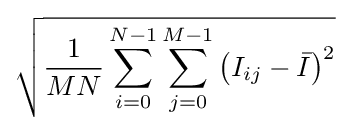
{\sqrt {{\frac {1}{MN}}\sum _{i=0}^{N-1}\sum _{j=0}^{M-1}\left(I_{ij}-{\bar {I}}\right)^{2}}}